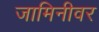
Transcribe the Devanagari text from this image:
जामिनीवर